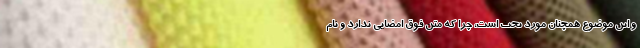
و این موضوع همچنان مورد بحث است، چرا که متن فوق امضایی ندارد و نام